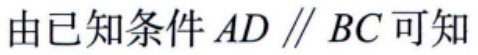
由已知条件 \(AD \parallel BC\) 可知